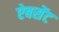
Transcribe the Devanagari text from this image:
ऐबसेंट